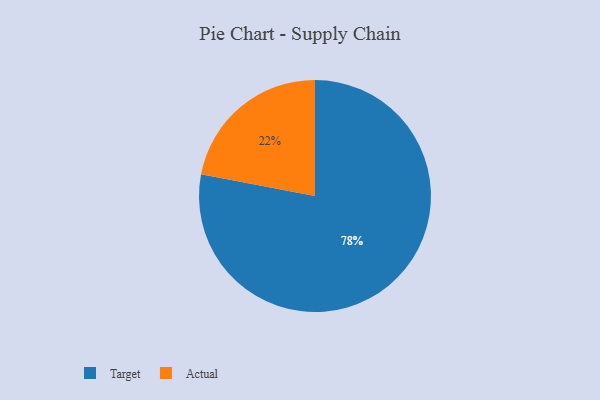
{"axis": {"x": "Category", "y": "Percentage"}, "legend": ["Actual", "Target"], "data": [{"x": "Actual", "y": 22, "type": "Actual"}, {"x": "Target", "y": 78, "type": "Target"}]}